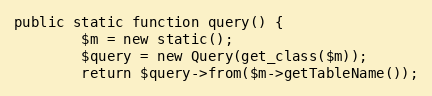
Language: PHP
public static function query() {
		$m = new static();
		$query = new Query(get_class($m));
		return $query->from($m->getTableName());